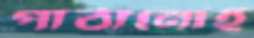
পাঠানোই